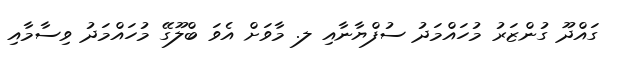
ގައްދޫ ގުންޒަރު މުހައްމަދު ސުފްޔާނާއި ލ. މާވަށް އެވަ ބްލޫގޭ މުހައްމަދު ވިސާމާއި